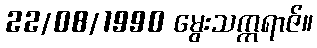
22/08/1990 မွေးသက္ကရာဇ်။